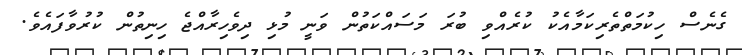
ގެނެސް ހިކުމަތްތެރިކަމާއެކު ކުރެއްވި ބުރަ މަސައްކަތުން ވަނީ މުޅި ދިވެހިރާއްޖެ ހިނިތުން ކުރުވާފައެވެ.